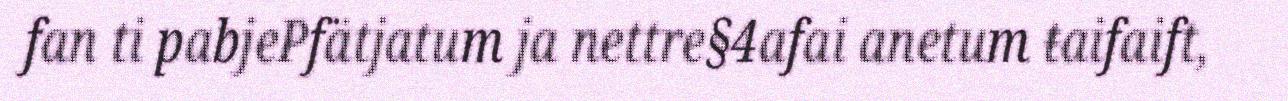
fan ti pabjePfätjatum ja nettre§4afai anetum ŧaifaift,